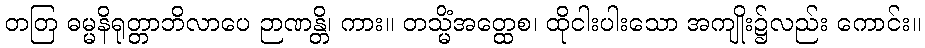
တတြ ဓမ္မနိရုတ္တာဘိလာပေ ဉာဏန္တိ၊ ကား။ တသ္မိံအတ္ထေစ၊ ထိုငါးပါးသော အကျိုး၌လည်း ကောင်း။